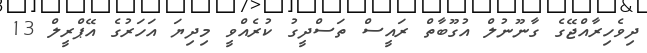
ދިވެހިރާއްޖޭގެ ގާނޫނުލް އުގޫބާތް ރައީސް ތަސްދީގު ކުރެއްވީ މިދިޔަ އަހަރުގެ އޭޕްރީލް 13